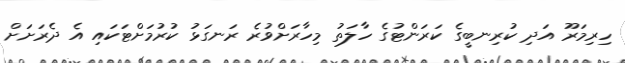
ހިރިމަރޫ އަދި ކުރިނބީގެ ކަރަންޓުގެ ހާލަތު މިހާރަށްވުރެ ރަނގަޅު ކުރުމަށްޓަކައި އެ ދެރަށަށް